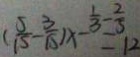
( \frac { 5 } { 1 5 } - \frac { 3 } { 1 5 } ) x ^ { - \frac { 1 } { 3 } - \frac { 2 } { 3 } } = 1 2